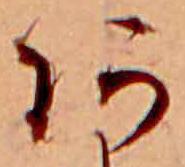
あ